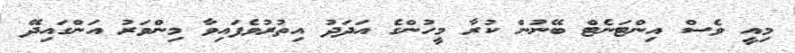
މިއީ ވެސް އިންޓަނެޓް ބޭނުން ކުރާ މީހުންގެ އަދަދު އިތުރުވެފައިވާ މިންވަރު އަންގައިދޭ